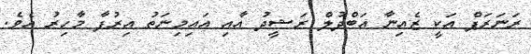
ރަނަރަޕް އަކީ ޒެއިނާ އަބްދުލް ރަޝީދު އާއި އައިމިނަތު އިރުފާ މާހިރު އެވެ.